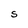
Character: S